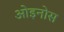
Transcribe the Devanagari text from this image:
ओइनोस